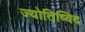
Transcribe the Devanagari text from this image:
ज्योतिष्विद